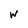
Character: W